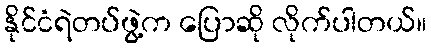
နိုင်ငံရဲတပ်ဖွဲ့က ပြောဆို လိုက်ပါတယ်။